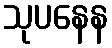
သုပနေန